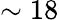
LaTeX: \sim 18